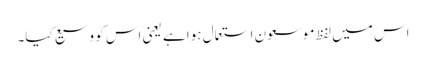
اس میں لفظ موسعون استعمال ہوا ہے یعنی اس کو وسیع کیا۔